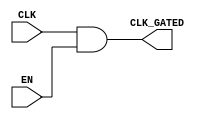
module static_clock_gating (
    input wire CLK,        // Primary clock signal
    input wire EN,         // Enable signal
    output wire CLK_GATED  // Gated clock signal
);

// Gating logic: CLK_GATED is enabled when EN is high
assign CLK_GATED = CLK & EN;

endmodule